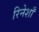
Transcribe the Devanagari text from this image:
रिनेशाँ